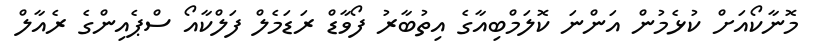
މޮނާކޯއަށް ކުޅެމުން އަންނަ ކޮލަމްބިއާގެ އިތުބާރު ފޯވާޑް ރަޑަމެލް ފަލްކާއޯ ސްޕެއިންގެ ރެއާލް